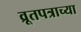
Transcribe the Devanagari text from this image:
व्रूतपत्राच्या